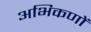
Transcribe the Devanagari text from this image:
अभिकणों